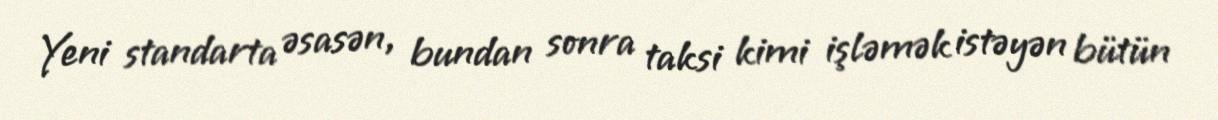
Yeni standarta əsasən, bundan sonra taksi kimi işləmək istəyən bütün